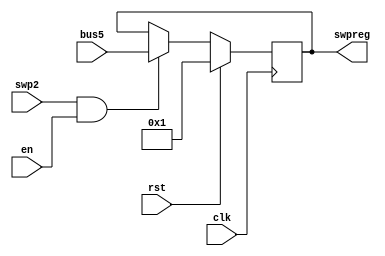
`timescale 1ns / 1ps
//////////////////////////////////////////////////////////////////////////////////
// Company: 
// Engineer: 
// 
// Design Name: 
// Module Name:    R14 
// Project Name: 
// Target Devices: 
// Tool versions: 
// Description: 
//
// Dependencies: 
//
// Revision: 
// Revision 0.01 - File Created
// Additional Comments: 
//
//////////////////////////////////////////////////////////////////////////////////
module R14(swpreg,bus5,en,rst,swp2,clk
    );
input en,rst,swp2;
input clk;
input [17:0] bus5;
output [17:0] swpreg;

reg [17:0] swpreg=18'd1;

always @ (negedge clk) begin
	if (rst)
		swpreg<=18'd1;

	else if (swp2 & en)
	swpreg<= bus5;

end
		
endmodule